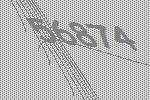
56874